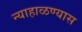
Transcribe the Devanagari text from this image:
न्याहाळण्यास